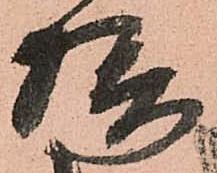
攝